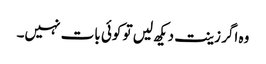
وہ اگر زینت دیکھ لیں تو کوئی بات نہیں۔